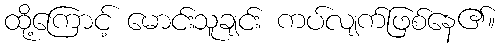
ထို့ကြောင့် မောင်းသူချင်း ကပ်လျက်ဖြစ်နေ၏။